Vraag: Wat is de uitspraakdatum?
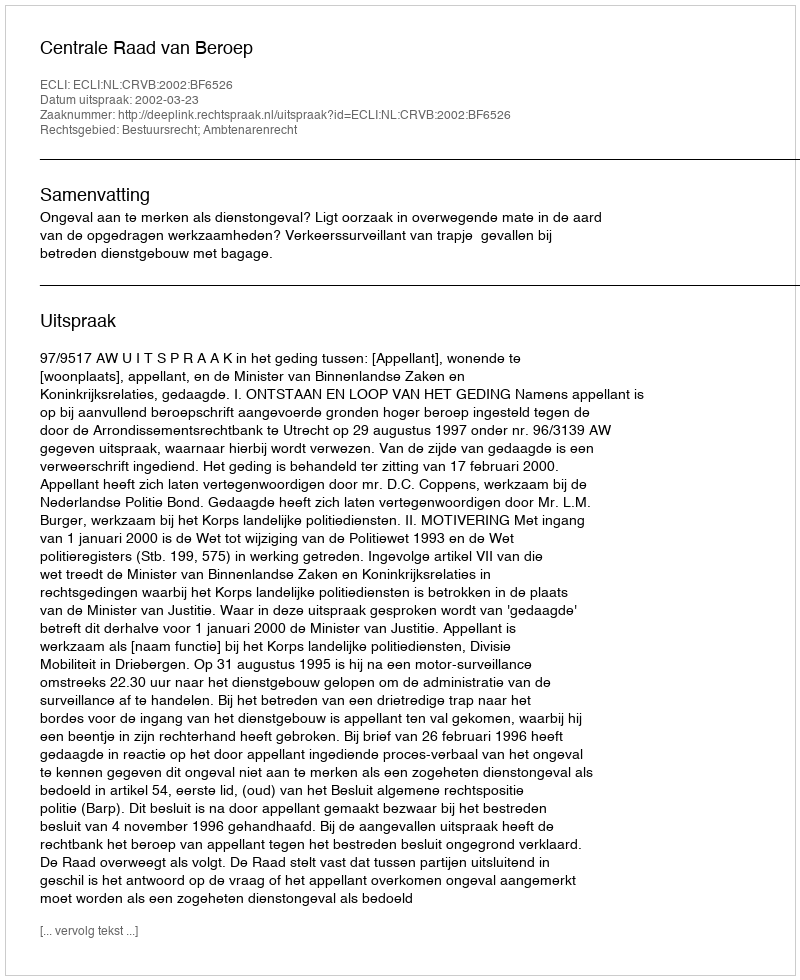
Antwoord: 2002-03-23